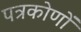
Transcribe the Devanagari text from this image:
पत्रकोणों